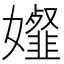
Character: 𡤋